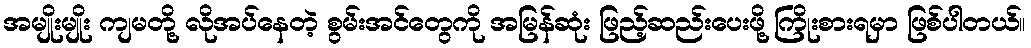
အမျိုးမျိုး ကျမတို့ လိုအပ်နေတဲ့ စွမ်းအင်တွေကို အမြန်ဆုံး ဖြည့်ဆည်းပေးဖို့ ကြိုးစားရမှာ ဖြစ်ပါတယ်။